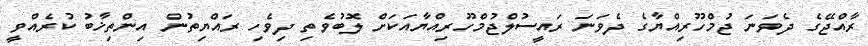
ރާއްޖޭގެ ދެވަނަ ޖުމްހޫރިއްޔާގެ ދެވަނަ ރައީސުލްޖުމްހޫރިއްޔާއަކަށް ލޮބުވެތި ދިވެހި ރައްޔިތުން އިންތިޚާބު ކުރެއްވީ